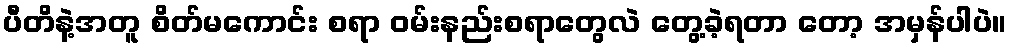
ပီတိနဲ့အတူ စိတ်မကောင်း စရာ ဝမ်းနည်းစရာတွေလဲ တွေ့ခဲ့ရတာ တော့ အမှန်ပါပဲ။